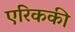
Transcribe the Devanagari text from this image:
एरिककी